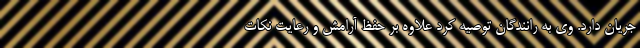
جریان دارد. وی به رانندگان توصیه کرد علاوه بر حفظ آرامش و رعایت نکات